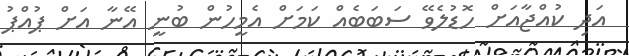
އަދި ކުއްޖާއަށް ހޮޑުލެވޭ ސަބަބެއް ކަމަށް އެމީހުން ބުނީ އޭނާ އަށް ޕުއްޕު